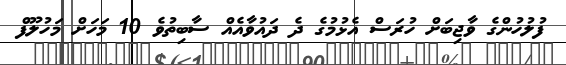
ފުލުހުންގެ ވާޖިބަށް ހުރަސް އެޅުމުގެ ދެ ދައުވާއެއް ސާބިތުވެ 10 މަހަށް މަހުލޫފް